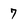
Character: 7